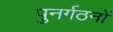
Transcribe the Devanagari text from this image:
पुनर्गठनों